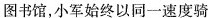
图书馆，小军始终以同一速度骑